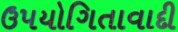
ઉપયોગિતાવાદી